Reports on dispensaries and lunatic asylums in the Province of Oudh - 1869-1876
Year: 1869
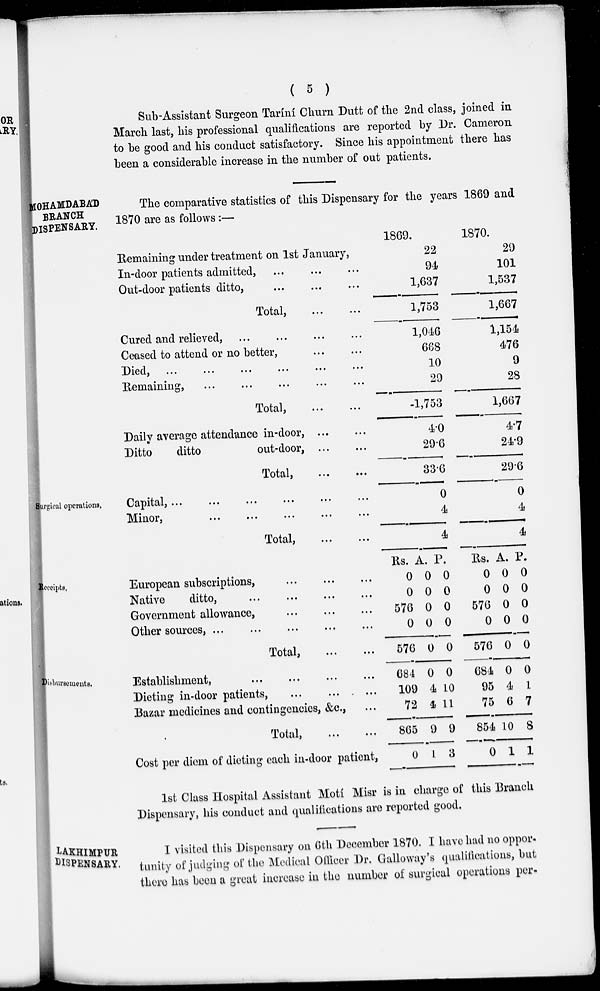
( 5 )
Sub-Assistant Surgeon Taríní Churn Dutt of the 2nd class, joined in
March last, his professional qualifications are reported by Dr. Cameron
to be good and his conduct satisfactory. Since his appointment there has
been a considerable increase in the number of out patients.
MOHAMDABAD
BRANCH
DISPENSARY.
The comparative statistics of this Dispensary for the years 1869 and
1870 are as follows :—
Remaining under treatment on 1st January,
In-door patients admitted, ... ... ...
Out-door patients ditto,
...
...
...
Total,
...
...
Cured and relieved, ... ... ... ...
Ceased to attend or no better, ... ...
Died,
...
...
...
...
...
...
Remaining, ... ... ... ... ...
Total, ... ...
Daily average attendance in-door,
...
...
Ditto
ditto
out-door,
...
...
Total,
...
...
1869.
22
94
1,637
1,753
1,046
668
10
29
-1,753
4.0
29.6
33.6
1870.
29
101
1,537
1,667
1,154
476
9
28
1,667
4.7
24.9
29.6
Surgical operations.
Capital,
...
...
... ... ... ...
Minor,
...
...
...
...
...
Total, ... ...
0
4
4
0
4
4
Receipts.
European subscriptions, ... ... ...
Native
ditto, ... ... ... ...
Government allowance, ... ... ...
Other sources, ... ... ... ...
Total,
...
...
Rs.
0
0
576
0
576
A.
0
0
0
0
0
P.
0
0
0
0
0
Rs.
0
0
576
0
576
A.
0
0
0
0
0
P.
0
0
0
0
0
Disbursements.
Establishment,
...
...
...
...
Dieting in-door patients, ... ... ...
Bazar medicines and contingencies, &c., ...
Total,
...
...
Cost per diem of dieting each in-door patient,
684
109
72
865
0
0
4
4
9
1
0
10
11
9
3
684
95
75
854
0
0
4
6
10
1
0
1
7
8
1
1st Class Hospital Assistant Motí Misr is in charge of this Branch
Dispensary, his conduct and qualifications are reported good.
LAKHIMPUR
DISPENSARY.
I visited this Dispensary on 6th December 1870. I have had no oppor-
tunity of judging of the Medical Officer Dr. Galloway's qualifications, but
there has been a great increase in the number of surgical operations per-